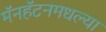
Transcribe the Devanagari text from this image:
मॅनहॅटनमधल्या